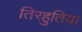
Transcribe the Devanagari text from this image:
तिरहुतिया